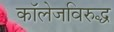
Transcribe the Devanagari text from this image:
कॉलेजविरुद्ध